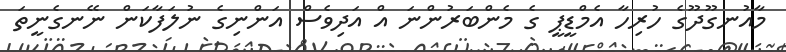
މާއުނގޫދޫގެ ހުރިހާ އެމްޑީޕީ ގެ މެންބަރުންނަ އް އަދިވެސް އަންނިގެ ނުލަފާކަން ނޭނގެނީތަ